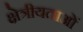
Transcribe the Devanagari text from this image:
क्षेत्रीयताओं